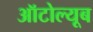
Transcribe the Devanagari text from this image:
ऑटोल्यूब